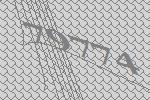
79774